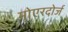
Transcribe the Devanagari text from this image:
मोएरदोर्ज